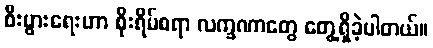
စီးပွားရေးဟာ စိုးရိမ်စရာ လက္ခဏာတွေ တွေ့ရှိခဲ့ပါတယ်။